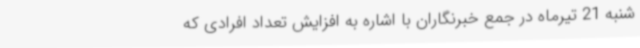
شنبه 21 تیرماه در جمع خبرنگاران با اشاره به افزایش تعداد افرادی که